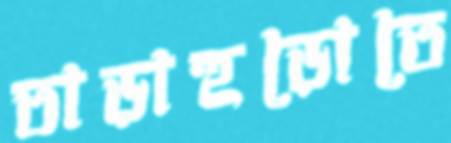
তাড়াহুড়োতে